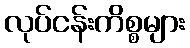
လုပ်ငန်းကိစ္စများ